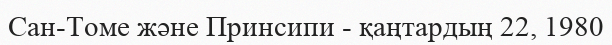
Сан-Томе және Принсипи - қаңтардың 22, 1980